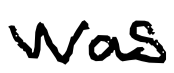
Text: was
Cross-out: clean
Writing tool: digital_black